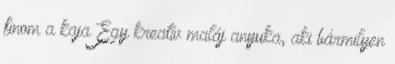
finom a kaja Egy kreatív maláj anyuka, aki bármilyen